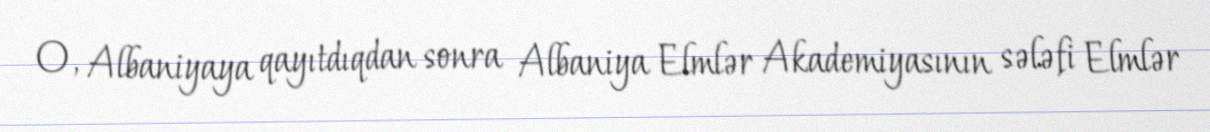
O, Albaniyaya qayıtdıqdan sonra Albaniya Elmlər Akademiyasının sələfi Elmlər